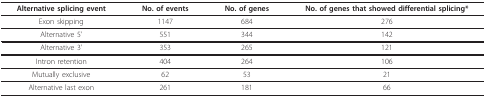
<table><thead><tr><td><b>Alternative splicing event</b></td><td><b>No. of events</b></td><td><b>No. of genes</b></td><td><b>No. of genes that showed differential splicing*</b></td></tr></thead><tbody><tr><td>Exon skipping</td><td>1147</td><td>684</td><td>276</td></tr><tr><td>Alternative 5&#x27;</td><td>551</td><td>344</td><td>142</td></tr><tr><td>Alternative 3&#x27;</td><td>353</td><td>265</td><td>121</td></tr><tr><td>Intron retention</td><td>404</td><td>264</td><td>106</td></tr><tr><td>Mutually exclusive</td><td>62</td><td>53</td><td>21</td></tr><tr><td>Alternative last exon</td><td>261</td><td>181</td><td>66</td></tr></tbody></table>